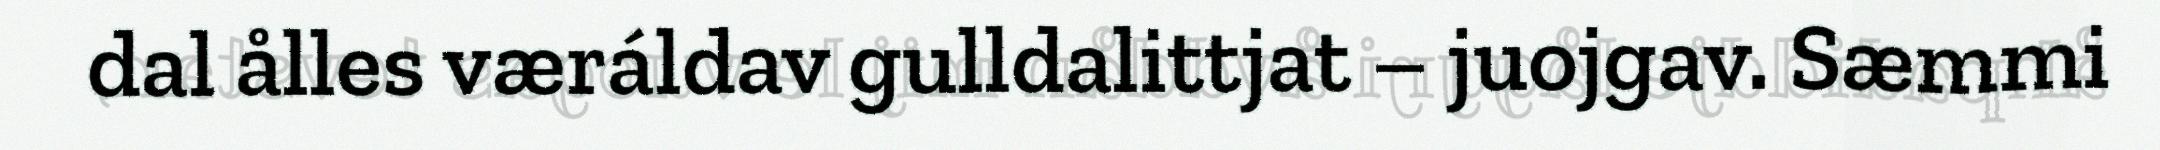
dal ålles væráldav gulldalittjat – juojgav. Sæmmi